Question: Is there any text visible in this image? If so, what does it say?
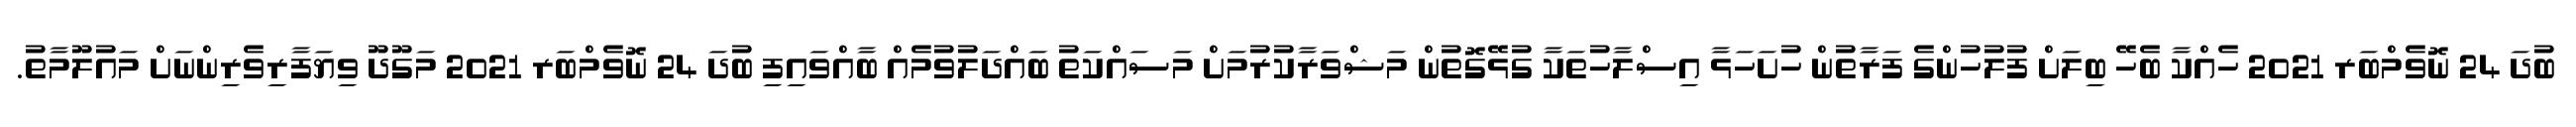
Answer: ބުދަ 24 ނޮވެމްބަރ 2021 ހެއްކާ ބެހޭ ބިލަށް ފުލުހުންގެ ފަރާތުން ހުށަހަޅާ އިސްލާހުތަކާ ގުޅޭގޮތުން މަޝްވަރާކުރުމަށް މަސައްކަތު ބައްދަލުވުމެއް ބާއްވައިފި ބުދަ 24 ނޮވެމްބަރ 2021 މަގޫދޫ ވިޔަފާރިވެރިންނަށް މައުލޫމާތު.